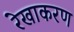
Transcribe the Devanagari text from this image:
रेखाकरण